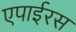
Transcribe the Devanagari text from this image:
एपाईरस